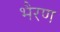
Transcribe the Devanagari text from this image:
भैरण